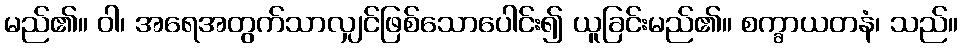
မည်၏။ ဝါ၊ အရေအတွက်သာလျှင်ဖြစ်သောပေါင်း၍ ယူခြင်းမည်၏။ စက္ခာယတနံ၊ သည်။